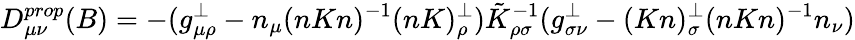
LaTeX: D_{\mu\nu}^{prop}(B)=-(g_{\mu\rho}^{\perp}-n_{\mu}(nKn)^{-1}(nK)_{\rho}^{\perp})\tilde{K}_{\rho\sigma}^{-1}(g_{\sigma\nu}^{\perp}-(Kn)_{\sigma}^{\perp}(nKn)^{-1}n_{\nu})